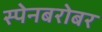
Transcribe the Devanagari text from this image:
स्पेनबरोबर